Indian journal of veterinary science and animal husbandry - Volume 2,
Year: 1932
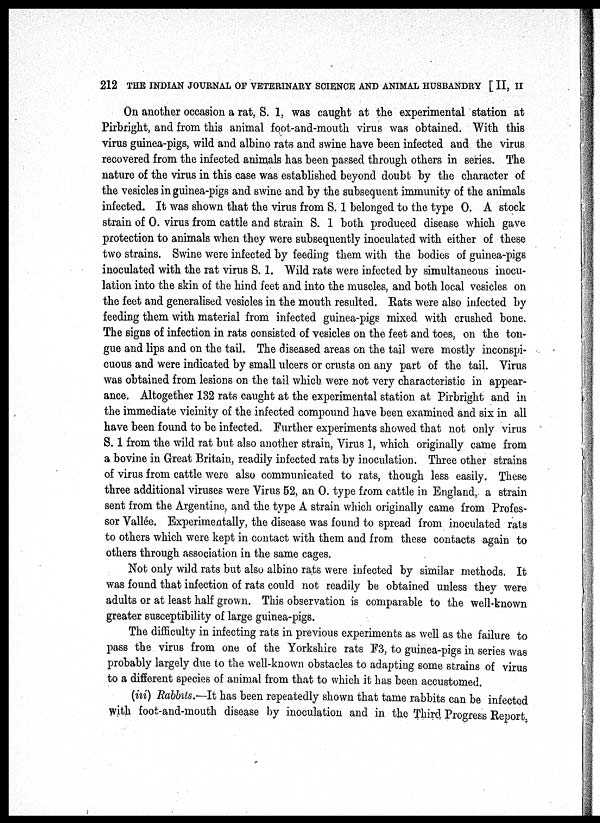
212 THE INDIAN JOURNAL OF VETERINARY SCIENCE AND ANIMAL HUSBANDRY [ II, II
On another occasion a rat, S. 1, was caught at the experimental station at
Pirbright, and from this animal foot-and-mouth virus was obtained. With this
virus guinea-pigs, wild and albino rate and swine have been infected and the virus
recovered from the infected animals has been passed through others in series. The
nature of the virus in this case was established beyond doubt by the character of
the vesicles in guinea-pigs and swine and by the subsequent immunity of the animals
infected. It was shown that the virus from S. 1 belonged to the type O. A stock
strain of O. virus from cattle and strain S. 1 both produced disease which gave
protection to animals when they were subsequently inoculated with either of these
two strains. Swine were infected by feeding them with the bodies of guinea-pigs
inoculated with the rat virus S. 1. Wild rats were infected by simultaneous inocu-
lation into the skin of the hind feet and into the muscles, and both local vesicles on
the feet and generalised vesicles in the mouth resulted. Rats were also infected by
feeding them with material from infected guinea-pigs mixed with crushed bone.
The signs of infection in rats consisted of vesicles on the feet and toes, on the ton-
gue and lips and on the tail. The diseased areas on the tail were mostly inconspi-
cuous and were indicated by small ulcers or crusts on any part of the tail. Virus
was obtained from lesions on the tail which were not very characteristic in appear-
ance. Altogether 132 rats caught at the experimental station at Pirbright and in
the immediate vicinity of the infected compound have been examined and six in all
have been found to be infected. Further experiments showed that not only virus
S. 1 from the wild rat but also another strain, Virus 1, which originally came from
a bovine in Great Britain, readily infected rats by inoculation. Three other strains
of virus from cattle were also communicated to rats, though less easily. These
three additional viruses were Virus 52, an O. type from cattle in England, a strain
sent from the Argentine, and the type A strain which originally came from Profes-
sor Vallée. Experimentally, the disease was found to spread from inoculated rats
to others which were kept in contact with them and from these contacts again to
others through association in the same cages.
Not only wild rats but also albino rats were infected by similar methods. It
was found that infection of rats could not readily be obtained unless they were
adults or at least half grown. This observation is comparable to the well-known
greater susceptibility of large guinea-pigs.
The difficulty in infecting rats in previous experiments as well as the failure to
pass the virus from one of the Yorkshire rats F3, to guinea-pigs in series was
probably largely due to the well-known obstacles to adapting some strains of virus
to a different species of animal from that to which it has been accustomed.
(iii) Rabbits.—It has been repeatedly shown that tame rabbits can be infected
with foot-and-mouth disease by inoculation and in the Third Progress Report,